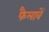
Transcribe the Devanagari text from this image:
फैलावें